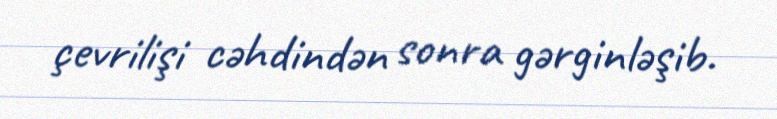
çevrilişi cəhdindən sonra gərginləşib.